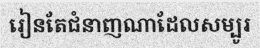
រៀនតែជំនាញណាដែលសម្បូរ